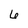
Character: 6